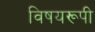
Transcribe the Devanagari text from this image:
विषयरूपी